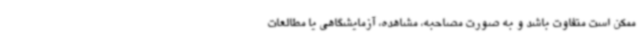
ممکن است متفاوت باشد و به صورت مصاحبه، مشاهده، آزمایشگاهی یا مطالعات